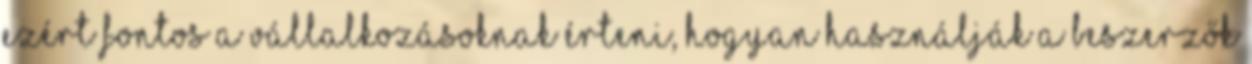
Ezért fontos a vállalkozásoknak érteni, hogyan használják a beszerzők